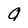
Character: a